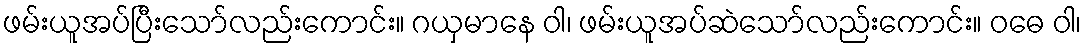
ဖမ်းယူအပ်ပြီးသော်လည်းကောင်း။ ဂယှမာနေ ဝါ၊ ဖမ်းယူအပ်ဆဲသော်လည်းကောင်း။ ဝဓေ ဝါ၊